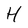
Character: H